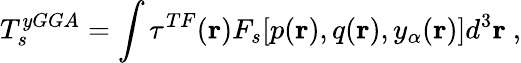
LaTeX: T_{s}^{yGGA}=\int\tau^{TF}(\mathbf{r})F_{s}[p(\mathbf{r}),q(\mathbf{r}),y_{\alpha}(\mathbf{r})]d^{3}\mathbf{r}\ ,